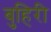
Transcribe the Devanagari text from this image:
बुहिरी